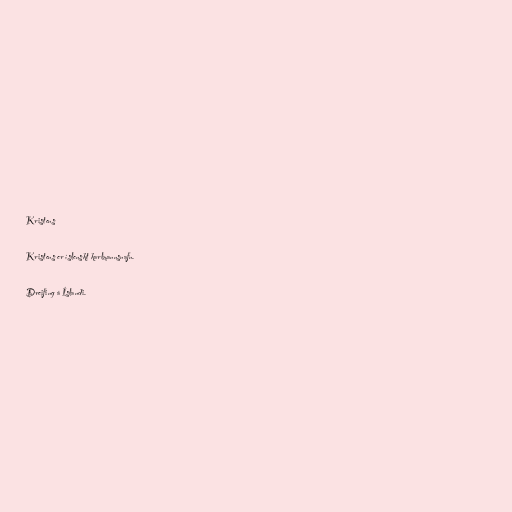
Kristens

Kristens er íslenskt karlmannsnafn.

Dreifing á Íslandi.